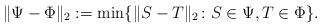
LaTeX: \begin{align*} \|\Psi-\Phi\|_2:= \min\{\|S-T\|_2\colon S\in\Psi, T\in\Phi\}. \end{align*}